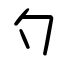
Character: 勺